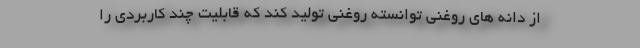
از دانه های روغنی توانسته روغنی تولید کند که قابلیت چند کاربردی را